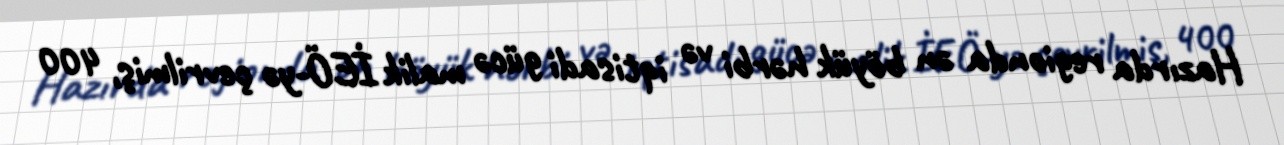
Hazırda regionda ən böyük hərbi və iqtisadi gücə malik İEÖ-yə çevrilmiş, 400